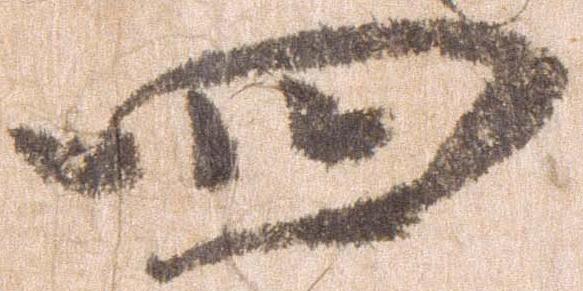
四